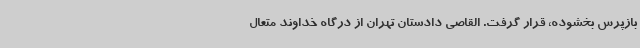
بازپرس بخشوده، قرار گرفت. القاصی دادستان تهران از درگاه خداوند متعال